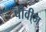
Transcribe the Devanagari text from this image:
पीवी्ज